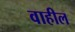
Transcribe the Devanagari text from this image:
वाहील